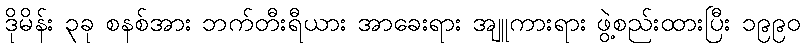
ဒိုမိန်း ၃ခု စနစ်အား ဘက်တီးရီယား အာခေးရား အျူကားရား ဖွဲ့စည်းထားပြီး ၁၉၉၀